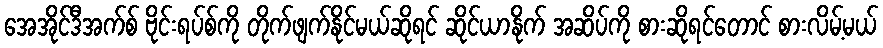
အေအိုင်ဒီအက်စ် ဗိုင်းရပ်စ်ကို တိုက်ဖျက်နိုင်မယ်ဆိုရင် ဆိုင်ယာနိုက် အဆိပ်ကို စားဆိုရင်တောင် စားလိမ့်မယ်